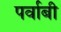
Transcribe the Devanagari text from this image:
पर्वाबी